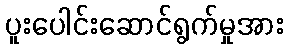
ပူးပေါင်းဆောင်ရွက်မှုအား